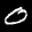
Label: 0